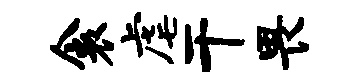
衾虐干畏